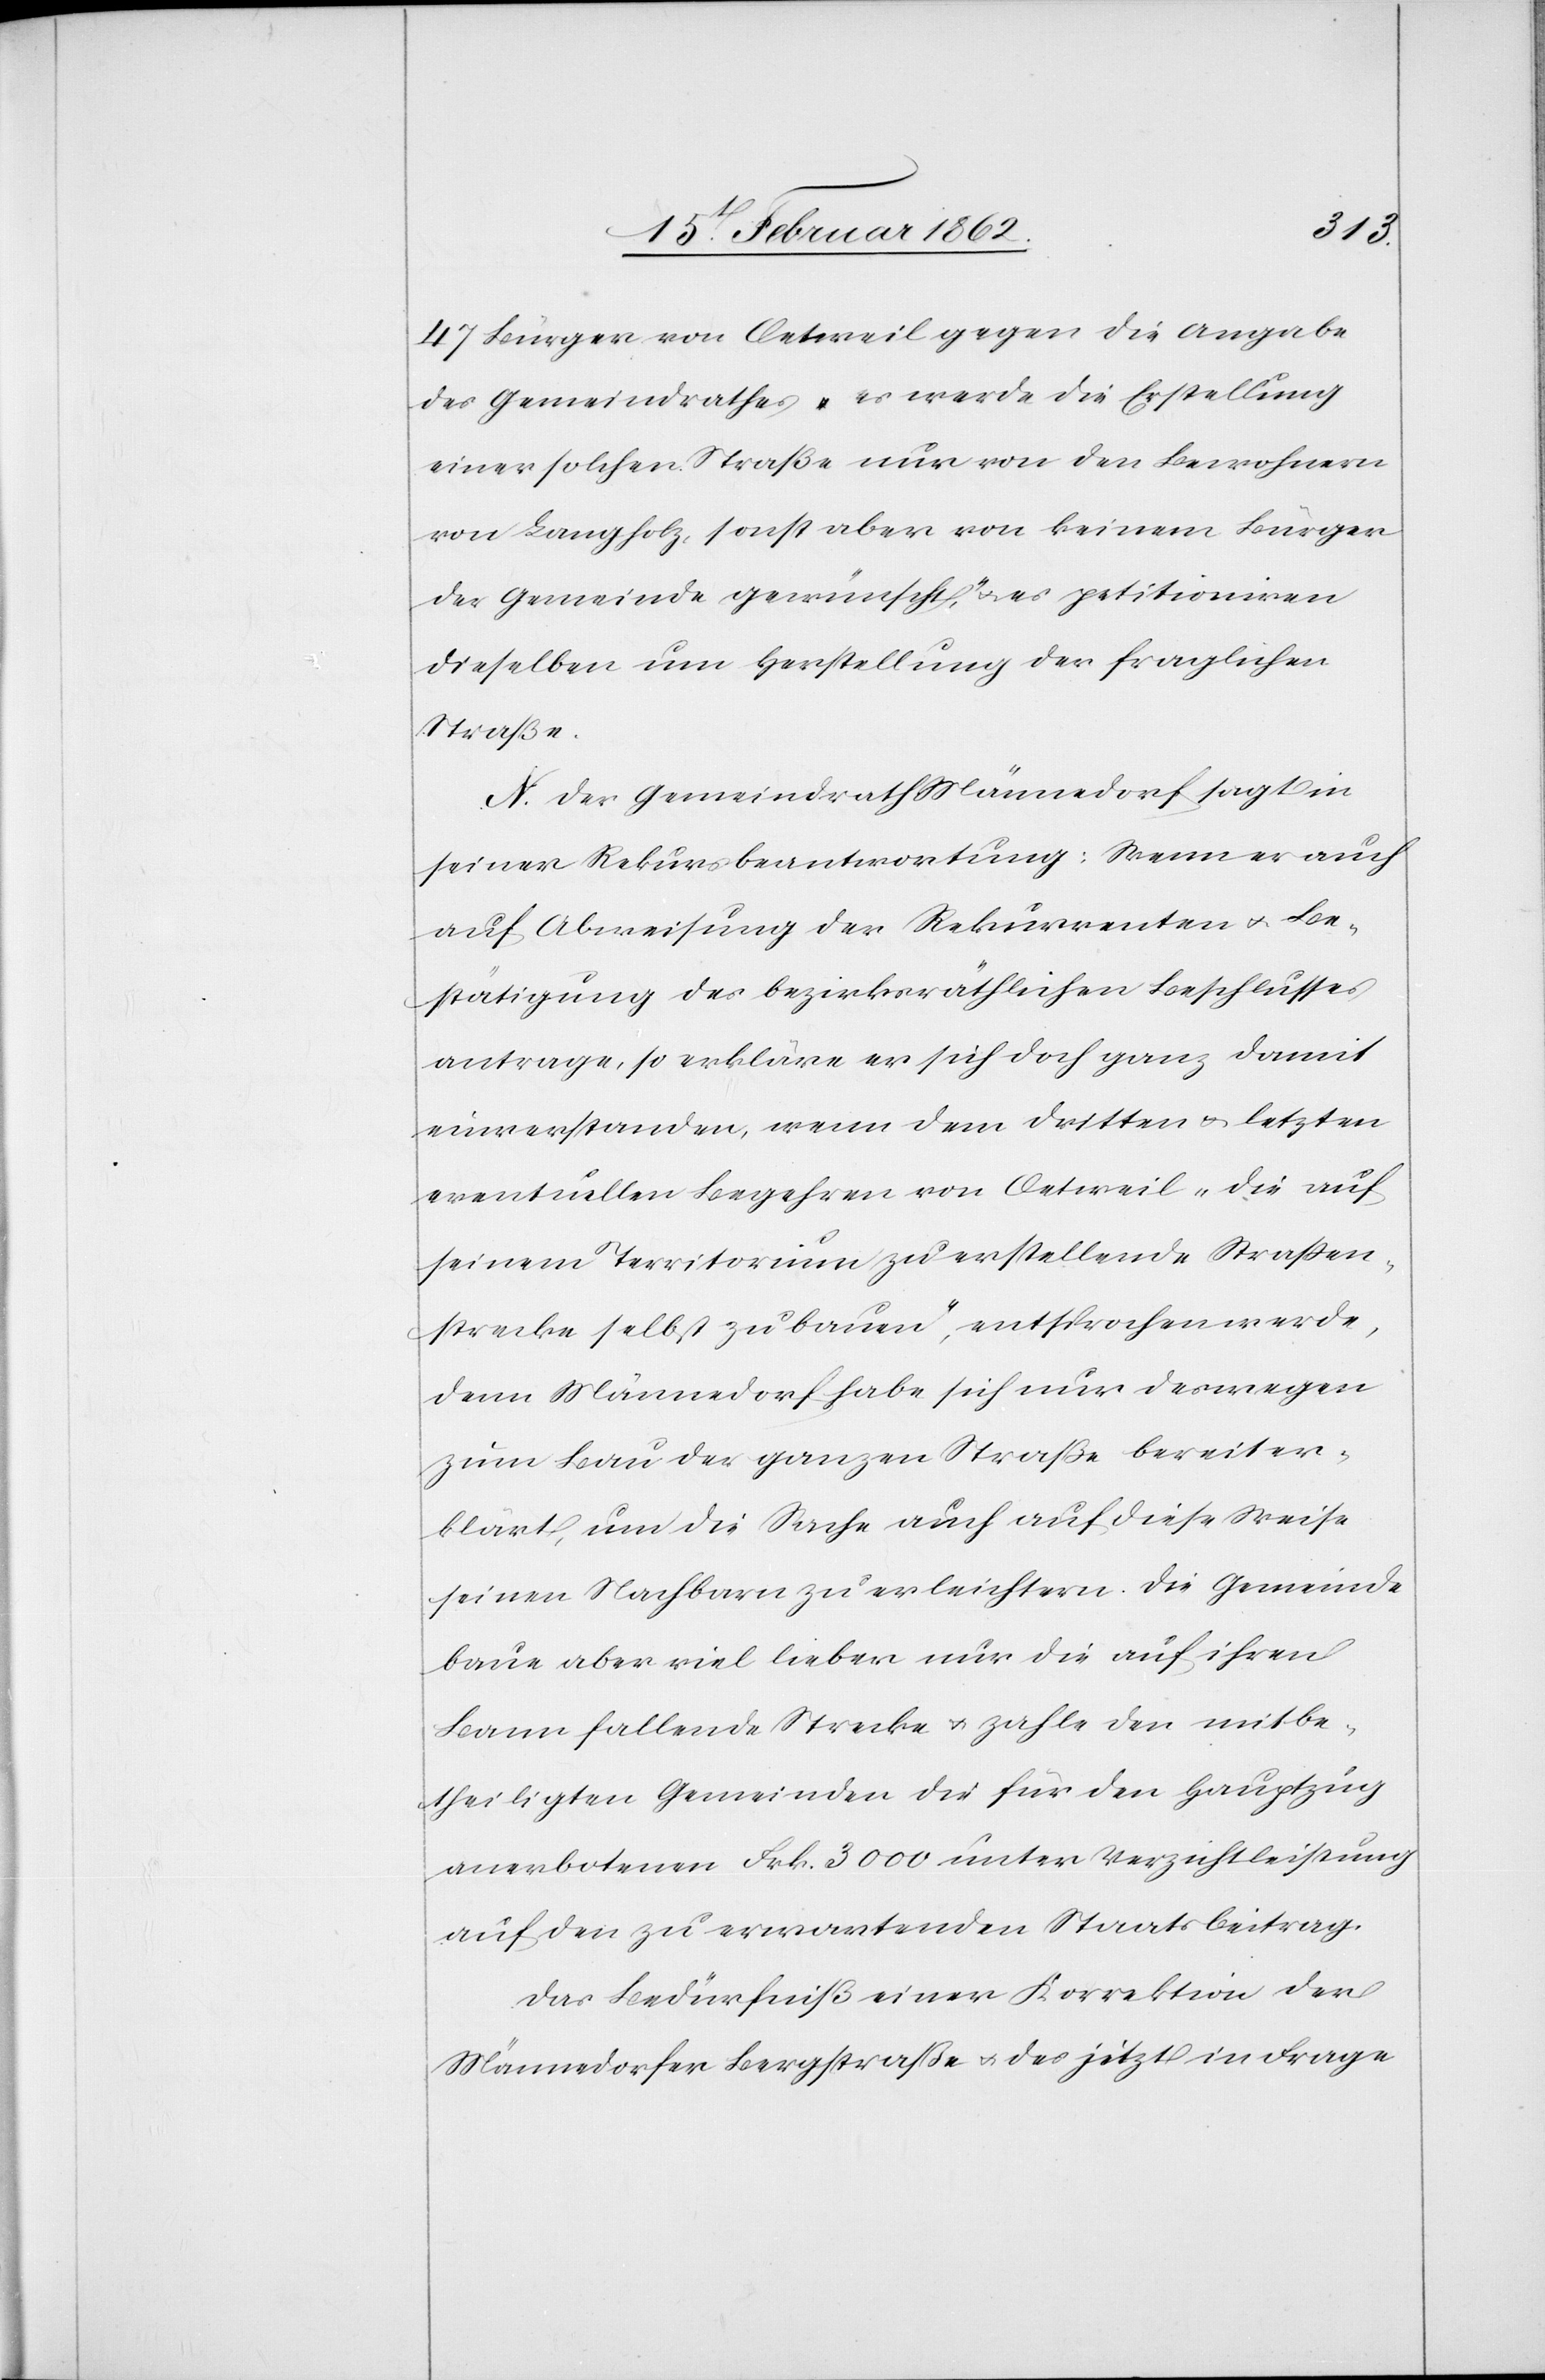
47 Bürger von Oetweil gegen die Angabe
des Gemeindrathes „es werde die Erstellung
einer solchen Straße nur von den Bewohnern
von Langholz, sonst aber von keinem Bürger
der Gemeinde gewünscht“, u. es petitioniren
dieselben um Herstellung der fraglichen
Straße.
N. Der Gemeindrath Männedorf sagt in
seiner Rekursbeantwortung: Wenn er auch
auf Abweisung der Rekurrenten u. Be¬
stätigung des bezirksräthlichen Beschlusses
antrage, so erkläre er sich doch ganz damit
einverstanden, wenn dem dritten u. letzten
eventuellen Begehren von Oetweil „die auf
seinem Territorium zu erstellende Straßen¬
strecke selbst zu bauen“, entsprochen werde,
denn Männedorf habe sich nur deswegen
zum Bau der ganzen Straße bereiter¬
klärt, um die Sache auch auf diese Weise
seinen Nachbarn zu erleichtern. Die Gemeinde
baue aber viel lieber nur die auf ihren
Bann fallende Strecke u. zahle den mitbe¬
theiligten Gemeinden die für den Hauptzug
anerbotenen Frk. 3000 unter Verzichtleistung
auf den zu erwartenden Staatsbeitrag.
Das Bedürfniß einer Korrektion der
Männedorfer Bergstraße u. des jetzt in Frage